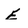
Character: E